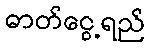
ဓာတ်ငွေ့ရည်